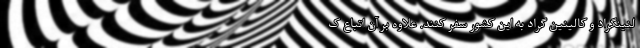
لنینگراد و کالینین گراد به این کشور سفر کنند. علاوه بر آن اتباع ک